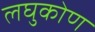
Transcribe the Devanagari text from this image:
लघुकोण